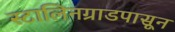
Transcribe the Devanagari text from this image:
स्टालिनग्राडपासून